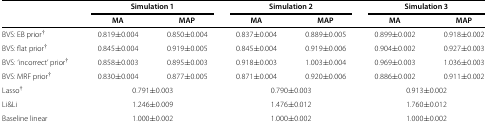
<table><thead><tr><td><b> </b></td><td colspan="2"><b>Simulation 1</b></td><td colspan="2"><b>Simulation 2</b></td><td colspan="2"><b>Simulation 3</b></td></tr><tr><td><b> </b></td><td><b>MA</b></td><td><b>MAP</b></td><td><b>MA</b></td><td><b>MAP</b></td><td><b>MA</b></td><td><b>MAP</b></td></tr></thead><tbody><tr><td>BVS: EB prior<sup>†</sup></td><td>0.819±0.004</td><td>0.850±0.004</td><td>0.837±0.004</td><td>0.889±0.005</td><td>0.899±0.002</td><td>0.918±0.002</td></tr><tr><td>BVS: flat prior<sup>†</sup></td><td>0.845±0.004</td><td>0.919±0.005</td><td>0.845±0.004</td><td>0.919±0.006</td><td>0.904±0.002</td><td>0.927±0.003</td></tr><tr><td>BVS: ‘incorrect’ prior<sup>†</sup></td><td>0.858±0.003</td><td>0.895±0.003</td><td>0.918±0.003</td><td>1.003±0.004</td><td>0.969±0.003</td><td>1.036±0.003</td></tr><tr><td>BVS: MRF prior<sup>†</sup></td><td>0.830±0.004</td><td>0.877±0.005</td><td>0.871±0.004</td><td>0.920±0.006</td><td>0.886±0.002</td><td>0.911±0.002</td></tr><tr><td>Lasso<sup>†</sup></td><td colspan="2">0.791±0.003</td><td colspan="2">0.790±0.003</td><td colspan="2">0.913±0.002</td></tr><tr><td>Li&amp;Li</td><td colspan="2">1.246±0.009</td><td colspan="2">1.476±0.012</td><td colspan="2">1.760±0.012</td></tr><tr><td>Baseline linear</td><td colspan="2">1.000±0.002</td><td colspan="2">1.000±0.002</td><td colspan="2">1.000±0.002</td></tr></tbody></table>